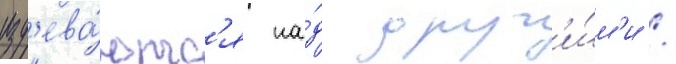
изд'ева́ютс'я на́д друг'и́м'и /